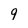
Character: 9